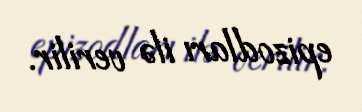
epizodları ilə verilir.